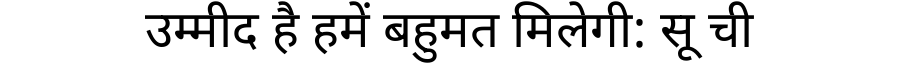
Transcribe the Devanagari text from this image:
उम्मीद है हमें बहुमत मिलेगी: सू ची